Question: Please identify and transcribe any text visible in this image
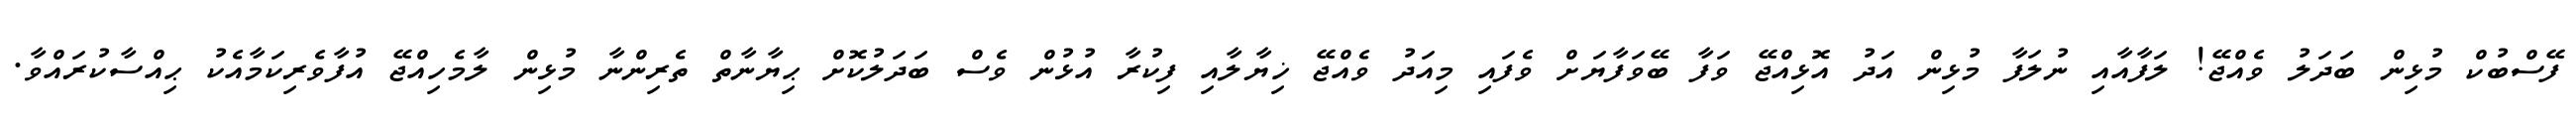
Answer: ފޭސްބުކް މުޅިން ބަދަލު ވެއްޖޭ! ލަފާއާއި ނުލަފާ މުޅިން އަދު އޮޅިއްޖޭ ވަފާ ބޭވަފާޔަށް ވެފައި މިއަދު ވެއްޖޭ ޚިޔާލާއި ފިކުރާ އުޅުން ވެސް ބަދަލުކޮށް ޙިޔާނާތް ތެރިންނާ މުޅިން ލާމެހިއްޖޭ އުފާވެރިކަމާއެކު ޙިއްސާކުރައްވާ.